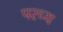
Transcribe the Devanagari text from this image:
पश्च्य